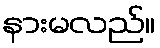
နားမလည်။